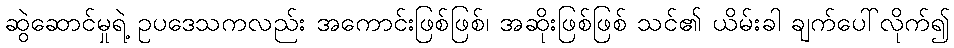
ဆွဲဆောင်မှုရဲ့ ဥပဒေသကလည်း အကောင်းဖြစ်ဖြစ်၊ အဆိုးဖြစ်ဖြစ် သင်၏ ယိမ်းခါ ချက်ပေါ်လိုက်၍